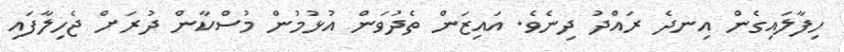
ހިފާލައިގެން އިނދެ ރައްދު ދިނެވެ. އައިޒަން ތެދުވަން އުޅުމުން މުސްކާން ދުރަށް ޖެހިލާފައި